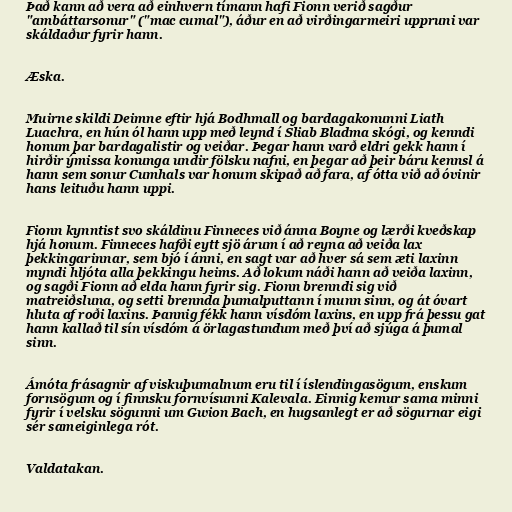
Það kann að vera að einhvern tímann hafi Fionn verið sagður
"ambáttarsonur" ("mac cumal"), áður en að virðingarmeiri uppruni var
skáldaður fyrir hann.

Æska.

Muirne skildi Deimne eftir hjá Bodhmall og bardagakonunni Liath
Luachra, en hún ól hann upp með leynd í Sliab Bladma skógi, og kenndi
honum þar bardagalistir og veiðar. Þegar hann varð eldri gekk hann í
hirðir ýmissa konunga undir fölsku nafni, en þegar að þeir báru kennsl á
hann sem sonur Cumhals var honum skipað að fara, af ótta við að óvinir
hans leituðu hann uppi.

Fionn kynntist svo skáldinu Finneces við ánna Boyne og lærði kveðskap
hjá honum. Finneces hafði eytt sjö árum í að reyna að veiða lax
þekkingarinnar, sem bjó í ánni, en sagt var að hver sá sem æti laxinn
myndi hljóta alla þekkingu heims. Að lokum náði hann að veiða laxinn,
og sagði Fionn að elda hann fyrir sig. Fionn brenndi sig við
matreiðsluna, og setti brennda þumalputtann í munn sinn, og át óvart
hluta af roði laxins. Þannig fékk hann vísdóm laxins, en upp frá þessu gat
hann kallað til sín vísdóm á örlagastundum með því að sjúga á þumal
sinn.

Ámóta frásagnir af viskuþumalnum eru til í íslendingasögum, enskum
fornsögum og í finnsku fornvísunni Kalevala. Einnig kemur sama minni
fyrir í velsku sögunni um Gwion Bach, en hugsanlegt er að sögurnar eigi
sér sameiginlega rót.

Valdatakan.